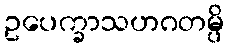
ဥပေက္ခာသဟဂတမ္ပိ